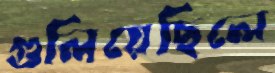
গুলিয়েছিলে